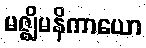
မဇ္ဈိမနိကာယော